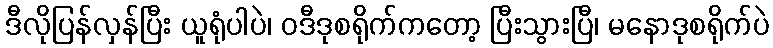
ဒီလိုပြန်လှန်ပြီး ယူရုံပါပဲ၊ ဝဒီဒုစရိုက်ကတော့ ပြီးသွားပြီ၊ မနောဒုစရိုက်ပဲ